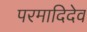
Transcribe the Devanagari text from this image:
परमादिदेव